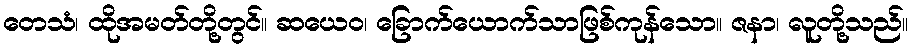
တေသံ၊ ထိုအမတ်တို့တွင်။ ဆယေဝ၊ ခြောက်ယောက်သာဖြစ်ကုန်သော။ ဇနာ၊ လူတို့သည်။